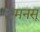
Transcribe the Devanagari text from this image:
मनसू